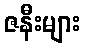
ဇနီးများ